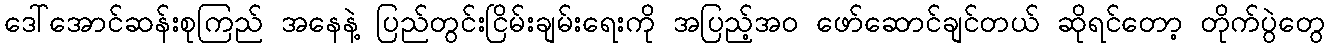
ဒေါ်အောင်ဆန်းစုကြည် အနေနဲ့ ပြည်တွင်းငြိမ်းချမ်းရေးကို အပြည့်အ၀ ဖော်ဆောင်ချင်တယ် ဆိုရင်တော့ တိုက်ပွဲတွေ